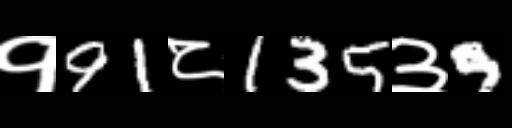
Text: १91८135३9